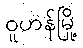
ဝူဟန်မြို့